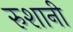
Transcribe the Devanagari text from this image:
रुशानी